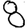
Digit: 8